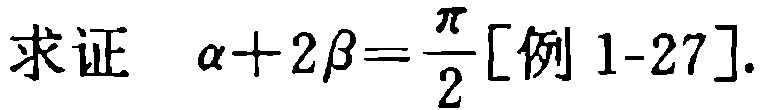
求证 $\alpha + 2\beta=\frac{\pi}{2}[\text{例 }1\text{-}27].$